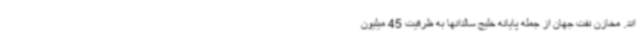
اند. مخازن نفت جهان از جمله پایانه خلیج سالدانها به ظرفیت 45 میلیون